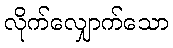
လိုက်လျှောက်သော